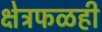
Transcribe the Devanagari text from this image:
क्षेत्रफळही